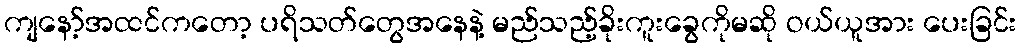
ကျနော့်အထင်ကတော့ ပရိသတ်တွေအနေနဲ့ မည်သည့်ခိုးကူးခွေကိုမဆို ဝယ်ယူအား ပေးခြင်း